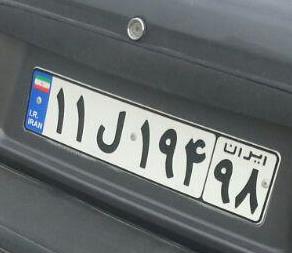
۱۱ل۱۹۴۹۸